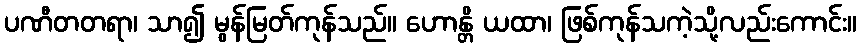
ပဏီတတရာ၊ သာ၍ မွန်မြတ်ကုန်သည်။ ဟောန္တိ ယထာ၊ ဖြစ်ကုန်သကဲ့သို့လည်းကောင်း။